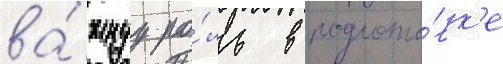
ва́жнуу ро́ль в подгото́вк'е